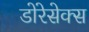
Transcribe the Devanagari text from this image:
डोरेसेक्स